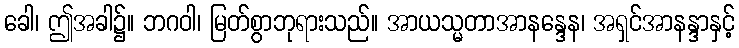
ခေါ၊ ဤအခါ၌။ ဘဂဝါ၊ မြတ်စွာဘုရားသည်။ အာယသ္မတာအာနန္ဒေန၊ အရှင်အာနန္ဒာနှင့်